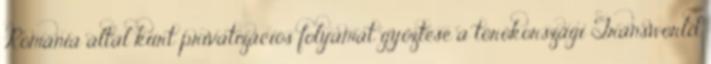
Románia által kiírt privatizációs folyamat győztese a törökországi Transworld